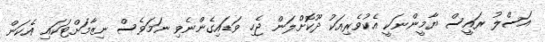
އަސްލު ރައީސް ޔާމީންނަކީ އެކުވެރިއަކު ދޫކޮށްލަން ޖެހި ވަޑައިގެންނެވި ނަމަވެސް ނިޒާމަށްޓަކައި އެކަން